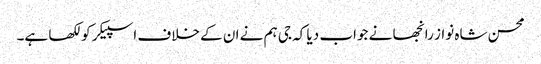
محسن شاہ نواز رانجھا نے جواب دیا کہ جی ہم نے ان کے خلاف اسپیکر کو لکھا ہے۔